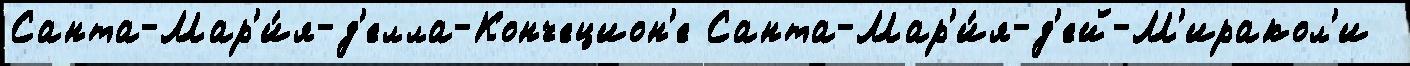
Санта-Мар'и́я-д'елла-Кончецион'е Санта-Мар'и́я-д'ей-М'иракол'и